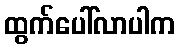
ထွက်ပေါ်လာပါက